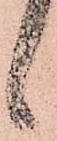
候